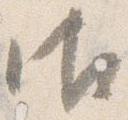
御